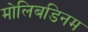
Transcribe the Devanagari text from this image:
मोलिबडिनम